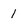
Character: 1